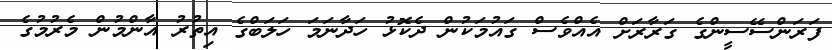
ފަރަންސޭސީންގެ ގަރާރަށް އެއްވެސް ގައުމަކުން ދެކޮޅު ހަދާނަމަ ހަލަބްގެ އިތުރު އާންމުން މެރުމުގެ